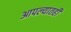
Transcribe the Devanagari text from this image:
आपल्यातही